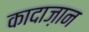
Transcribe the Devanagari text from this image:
कादाज़ान